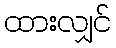
ထားလျှင်